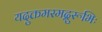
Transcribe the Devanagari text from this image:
यदुक्तमस्मद्गुरूभिः